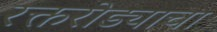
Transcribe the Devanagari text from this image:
रक्तरोड्याचा